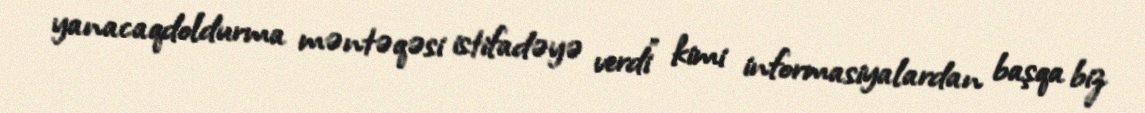
yanacaqdoldurma məntəqəsi istifadəyə verdi” kimi informasiyalardan başqa biz